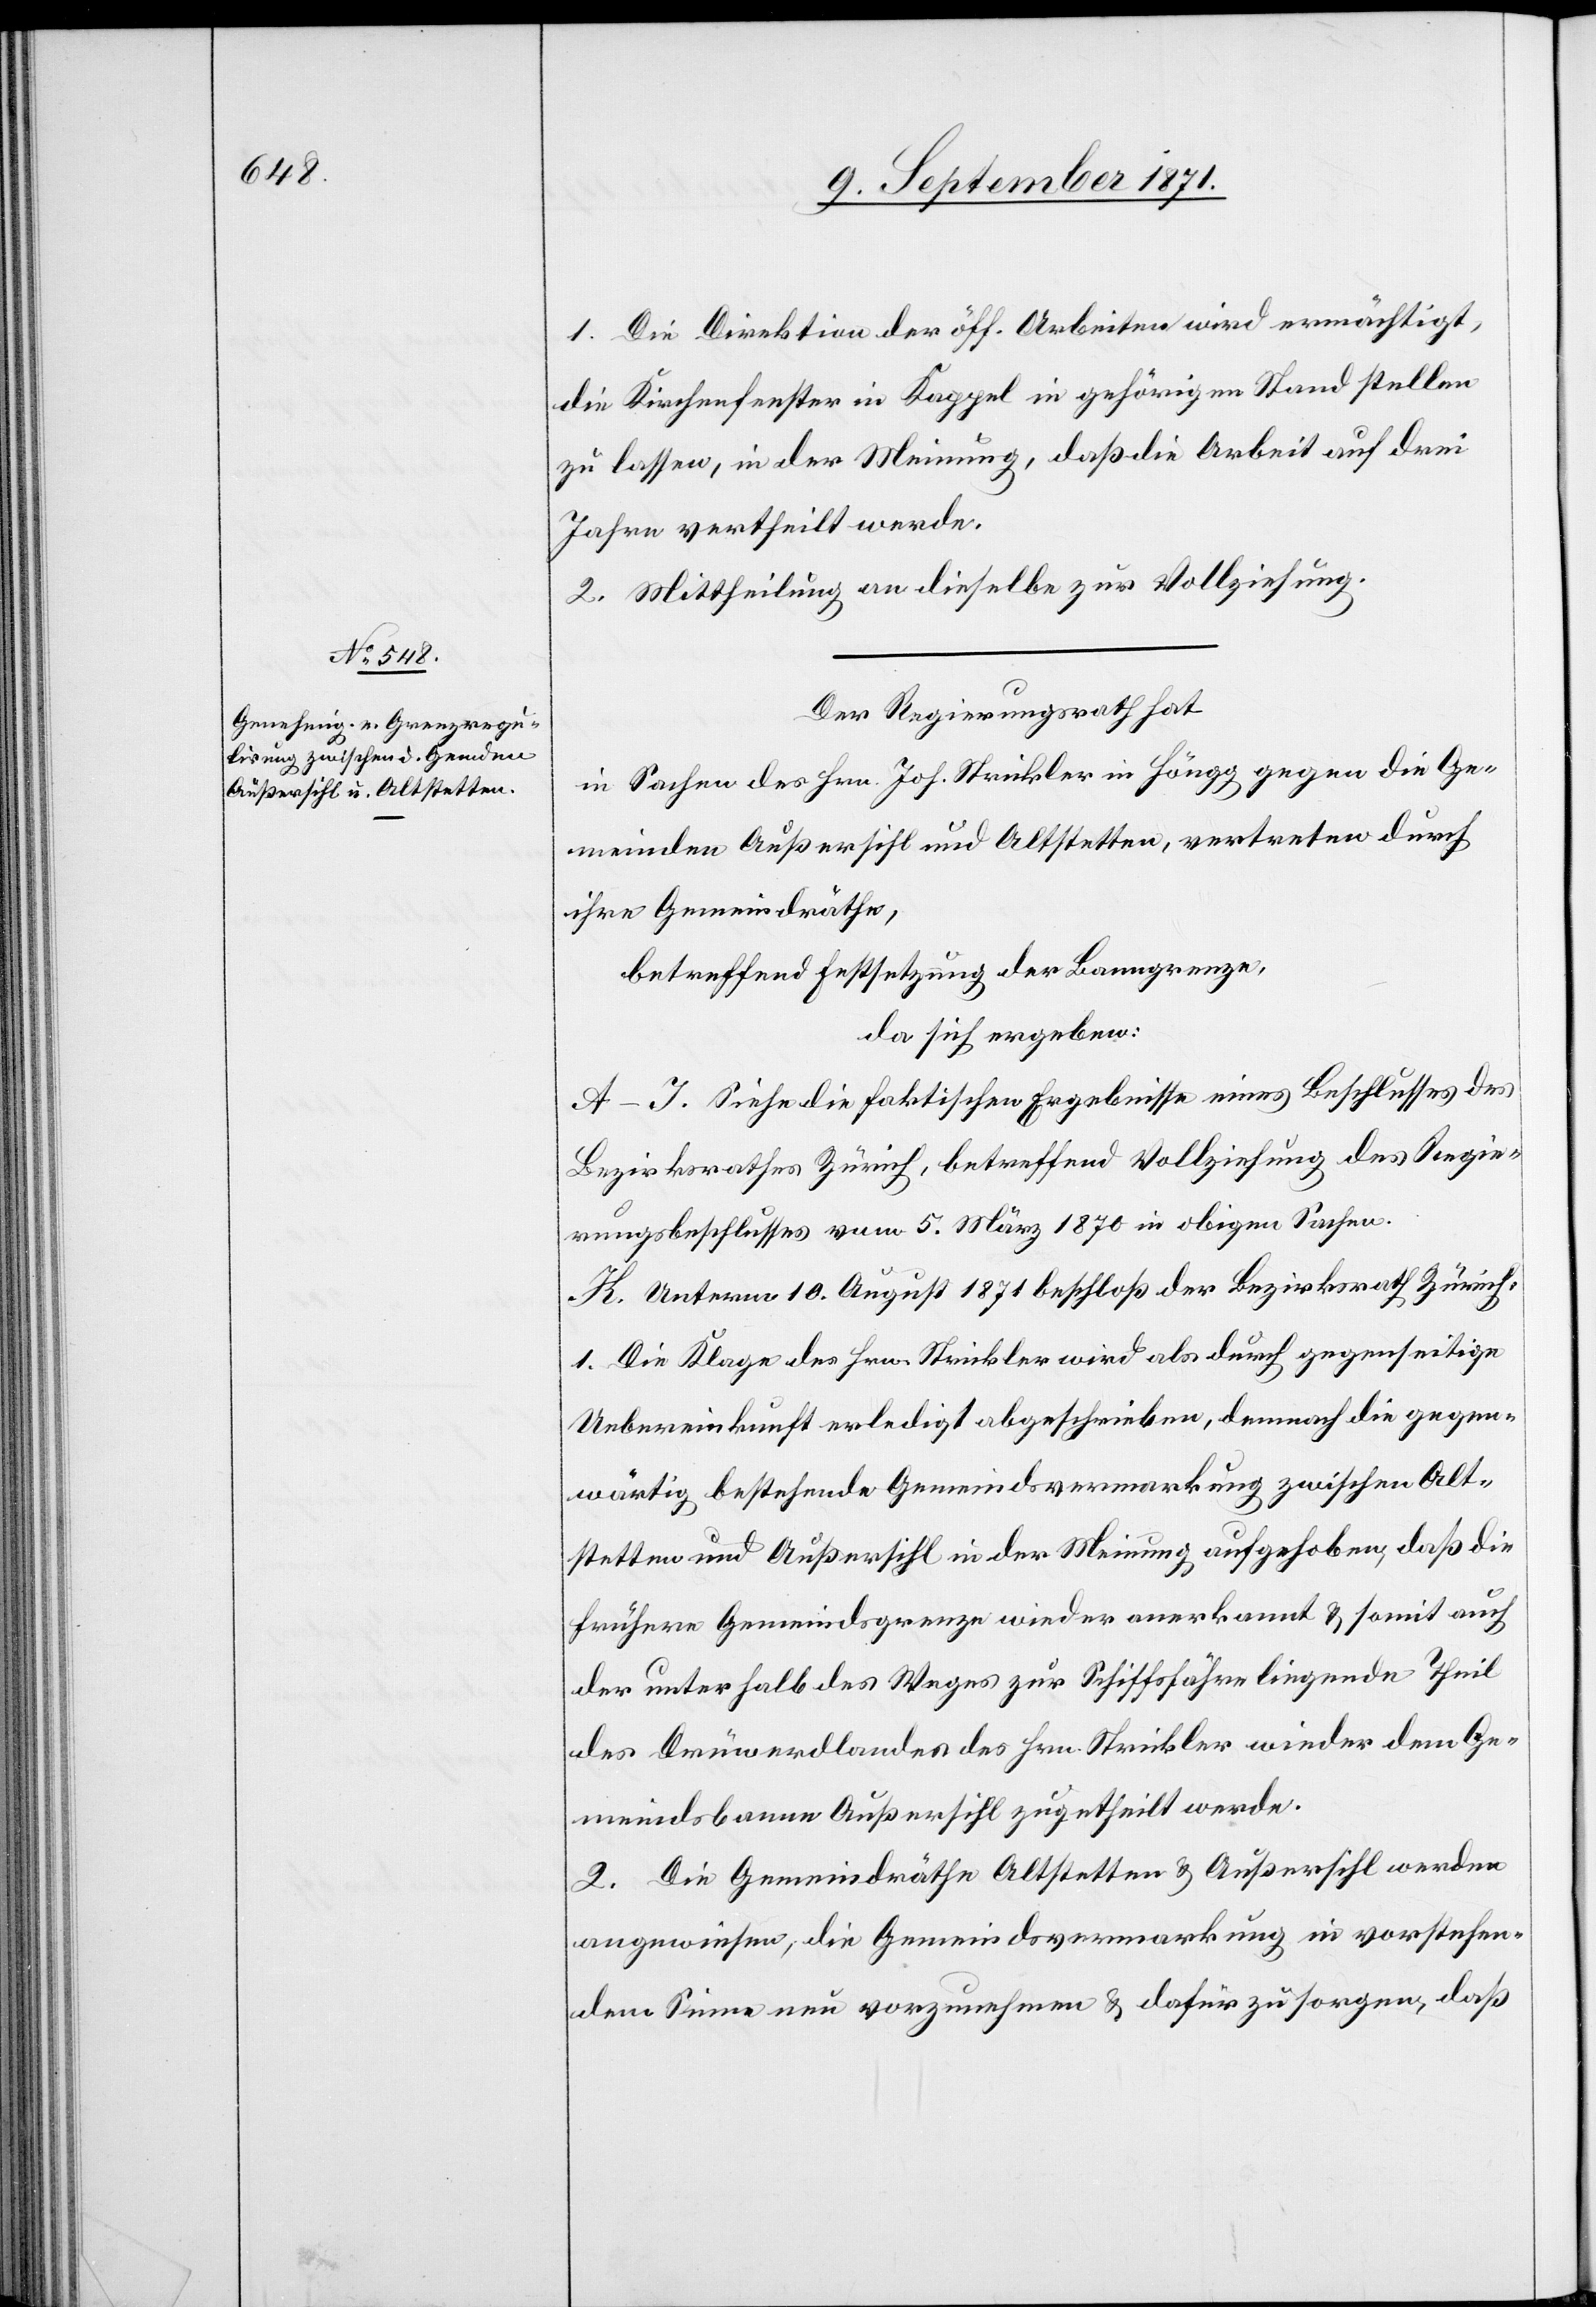
1. Die Direktion der öff. Arbeiten wird ermächtigt,
die Kirchenfenster in Kappel in gehörigen Stand stellen
zu lassen, in der Meinung, daß die Arbeit auf drei
Jahre vertheilt werde.
2. Mittheilung an dieselbe zur Vollziehung.
Der Regierungsrath hat
in Sachen des Hrn. Joh. Strickler in Höngg gegen die Ge¬
meinden Außersihl und Altstetten, vertreten durch
ihre Gemeindräthe,
betreffend Festsetzung der Banngrenze,
da sich ergeben:
A–J. Siehe die faktischen Ergebnisse eines Beschlusses des
Bezirksrathes Zürich, betreffend Vollziehung des Regie¬
rungsbeschlusses vom 5. März 1870 in obigen Sachen.
K. Unterm 10. August 1871 beschloß der Bezirksrath Zürich:
1. Die Klage des Hrn. Strickler wird als durch gegenseitige
Uebereinkunft erledigt abgeschrieben, demnach die gegen¬
wärtig bestehende Gemeindsvermarkung zwischen Alt¬
stetten und Außersihl in der Meinung aufgehoben, daß die
frühere Gemeindsgrenze wieder anerkannt & somit auch
der unterhalb des Weges zur Schiffsfähre liegende Theil
des Grünwerdlandes des Hrn. Strickler wieder dem Ge¬
meindsbanne Außersihl zugetheilt werde.
2. Die Gemeindräthe Altstetten & Außersihl werden
angewiesen, die Gemeindsvermarkung in vorstehen¬
dem Sinne neu vorzunehmen & dafür zu sorgen, daß